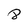
Character: 8